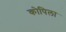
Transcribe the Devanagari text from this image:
कोपिला